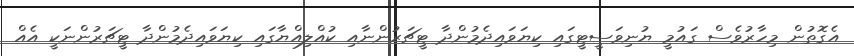
އެގޮތުން މިހާރުވެސް ގައުމީ ޔުނިވަސީޓީގައި ކިޔަވައިދެމުންދާ ޓީޗަރުންނާއި ކުއްލިއްޔާގައި ކިޔަވައިދެމުންދާ ޓީޗަރުންނަކީ އެއް